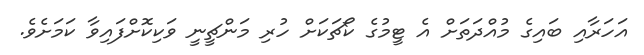
އަހަރާއި ބައިގެ މުއްދަތަށް އެ ޓީމުގެ ކޯޗަކަށް ހުރި މަންޗީނީ ވަކިކޮށްފައިވާ ކަމަށެވެ.